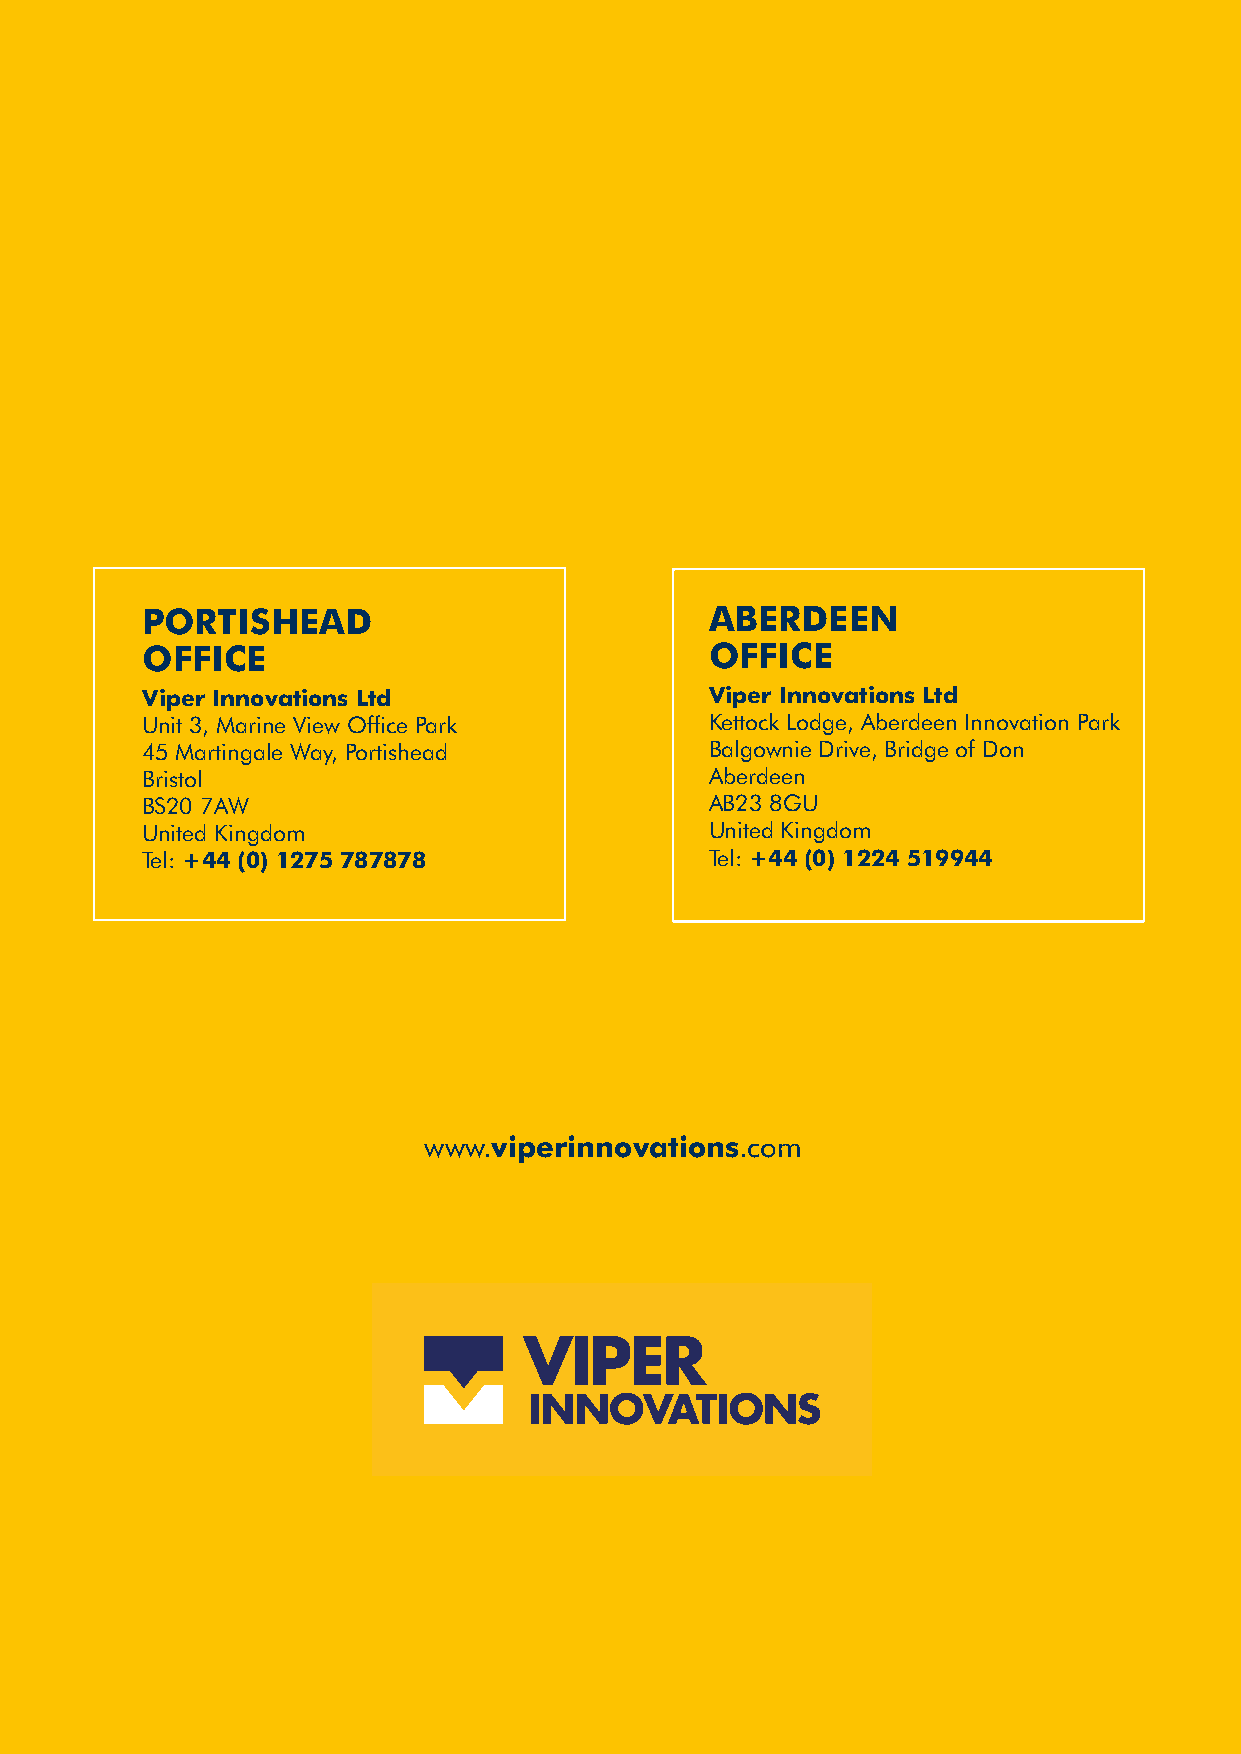
PORTISHEAD                            ABERDEEN
 OFFICE                                OFFICE
 Viper Innovations Ltd                 Viper Innovations Ltd
 Unit 3, Marine View Office Park       Kettock Lodge, Aberdeen Innovation Park
 45 Martingale Way, Portishead         Balgownie Drive, Bridge of Don
 Bristol                               Aberdeen
 BS20 7AW                              AB23 8GU
 United Kingdom                        United Kingdom
 Tel: +44 (0) 1275 787878              Tel: +44 (0) 1224 519944
 www.viperinnovations.com
 7